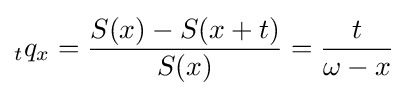
{}_{t}q_{x}={\frac {S(x)-S(x+t)}{S(x)}}={\frac {t}{\omega -x}}